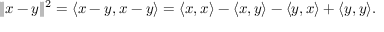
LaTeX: \| x - y \| ^ { 2 } = \langle x - y , x - y \rangle = \langle x , x \rangle - \langle x , y \rangle - \langle y , x \rangle + \langle y , y \rangle .